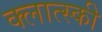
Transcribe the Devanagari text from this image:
क्लात्स्की